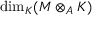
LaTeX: \dim _ { K } ( M \otimes _ { A } K )